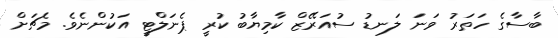
ބާސާގެ ހަތަރު ވަނަ ލަނޑު ސުއަރޭޒް ކާމިޔާބު ކުރީ ޕެނަލްޓީ އަކުންނެވެ. މެޗަށް